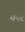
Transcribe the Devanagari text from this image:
यपर